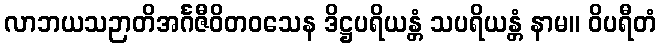
လာဘယသဉာတိအင်္ဂဇီဝိတဝသေန ဒိဋ္ဌပရိယန္တံ သပရိယန္တံ နာမ။ ဝိပရီတံ